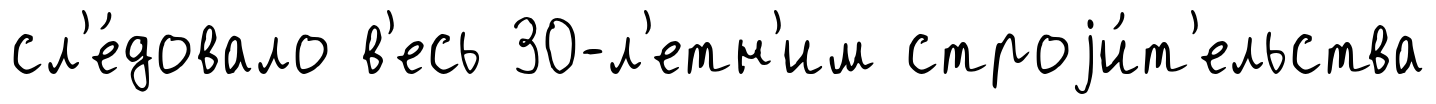
сл'е́довало в'есь 30-л'етн'им строjи́т'ельства